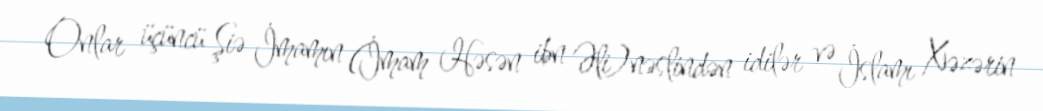
Onlar üçüncü Şiə İmamın (İmam Həsən ibn Əli)nəslindən idilər və İslamı Xəzərin